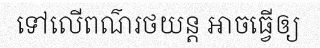
ទៅលើពណ៌រថយន្ត អាចធ្វើឲ្យ